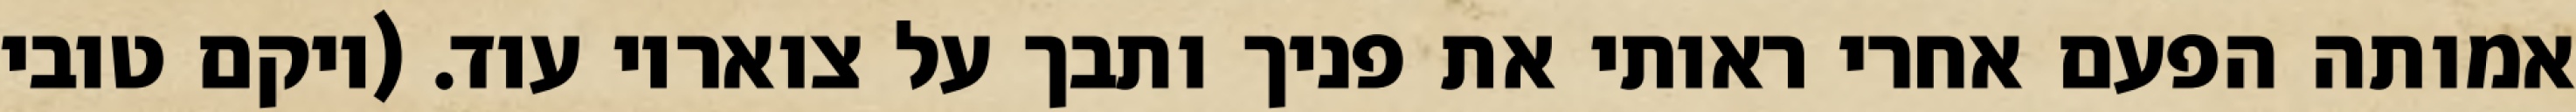
אמותה הפעם אחרי ראותי את פניך ותבך על צואריו עוד. (ויקם טובי